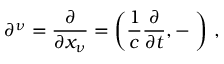
\partial ^ { \nu } = { \frac { \partial } { \partial x _ { \nu } } } = \left( { \frac { 1 } { c } } { \frac { \partial } { \partial t } } , - \mathbf { \nabla } \right) \, ,